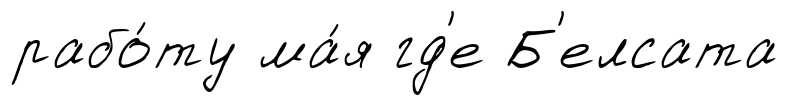
рабо́ту ма́я гд'е Б'елсата